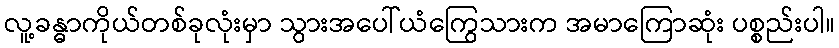
လူ့ခန္ဓာကိုယ်တစ်ခုလုံးမှာ သွားအပေါ်ယံကြွေသားက အမာကြောဆုံး ပစ္စည်းပါ။